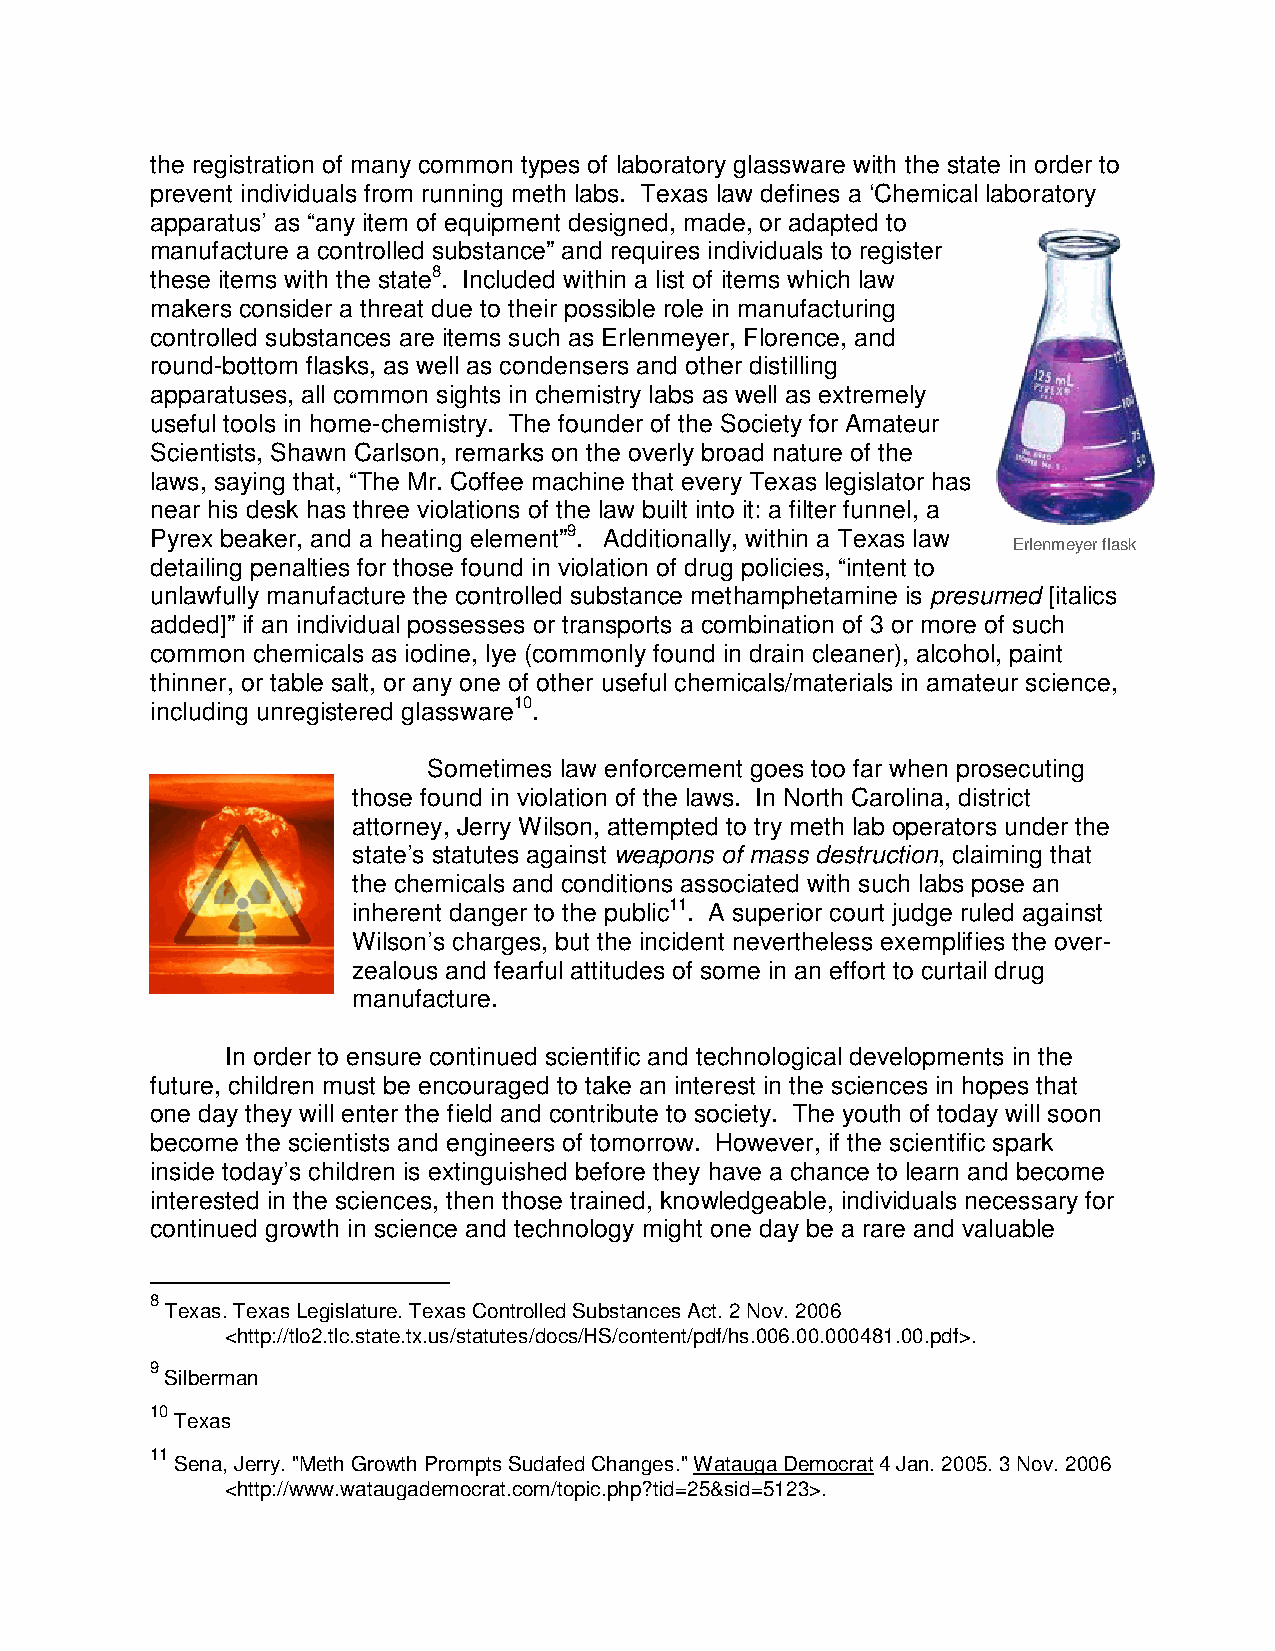
the registration of many common types of laboratory glassware with the state in order to
 prevent individuals from running meth labs. Texas law defines a ‘Chemical laboratory
 apparatus’ as “any item of equipment designed, made, or adapted to
 manufacture a controlled substance” and requires individuals to register
 these items with the state8. Included within a list of items which law
 makers consider a threat due to their possible role in manufacturing
 controlled substances are items such as Erlenmeyer, Florence, and
 round-bottom flasks, as well as condensers and other distilling
 apparatuses, all common sights in chemistry labs as well as extremely
 useful tools in home-chemistry. The founder of the Society for Amateur
 Scientists, Shawn Carlson, remarks on the overly broad nature of the
 laws, saying that, “The Mr. Coffee machine that every Texas legislator has
 near his desk has three violations of the law built into it: a filter funnel, a
 Pyrex beaker, and a heating element”9. Additionally, within a Texas law
 Erlenme yer flask
 detailing penalties for those found in violation of drug policies, “intent to
 unlawfully manufacture the controlled substance methamphetamine is presumed [italics
 added]” if an individual possesses or transports a combination of 3 or more of such
 common chemicals as iodine, lye (commonly found in drain cleaner), alcohol, paint
 thinner, or table salt, or any one of other useful chemicals/materials in amateur science,
 including unregistered glassware10.
 Sometimes law enforcement goes too far when prosecuting
 those found in violation of the laws. In North Carolina, district
 attorney, Jerry Wilson, attempted to try meth lab operators under the
 state’s statutes against weapons of mass destruction, claiming that
 the chemicals and conditions associated with such labs pose an
 inherent danger to the public11. A superior court judge ruled against
 Wilson’s charges, but the incident nevertheless exemplifies the over-
 zealous and fearful attitudes of some in an effort to curtail drug
 manufacture.
 In order to ensure continued scientific and technological developments in the
 future, children must be encouraged to take an interest in the sciences in hopes that
 one day they will enter the field and contribute to society. The youth of today will soon
 become the scientists and engineers of tomorrow. However, if the scientific spark
 inside today’s children is extinguished before they have a chance to learn and become
 interested in the sciences, then those trained, knowledgeable, individuals necessary for
 continued growth in science and technology might one day be a rare and valuable
 8
 Texas. Texas Legislature. Texas Controlled Substances Act. 2 Nov. 2006
 <http://tlo2.tlc.state.tx.us/statutes/docs/HS/content/pdf/hs.006.00.000481.00.pdf>.
 9
 Silberman
 10
 Texas
 11
 Sena, Jerry. "Meth Growth Prompts Sudafed Changes." Watauga Democrat 4 Jan. 2005. 3 Nov. 2006
 <http://www.wataugademocrat.com/topic.php?tid=25&sid=5123>.